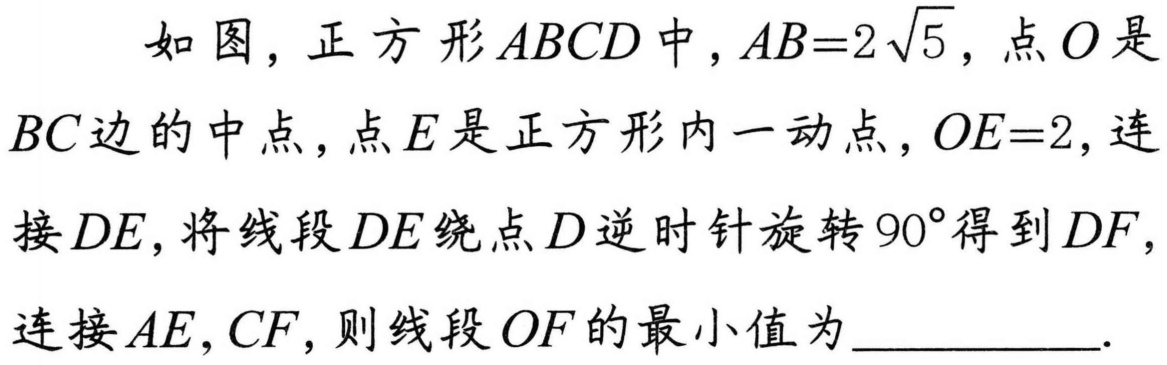
如图，正方形\(ABCD\)中，\(AB = 2\sqrt{5}\)，点\(O\)是
\(BC\)边的中点，点\(E\)是正方形内一动点，\(OE = 2\)，连
接\(DE\)，将线段\(DE\)绕点\(D\)逆时针旋转\(90^{\circ}\)得到\(DF\)，
连接\(AE,CF\)，则线段\(OF\)的最小值为__________.